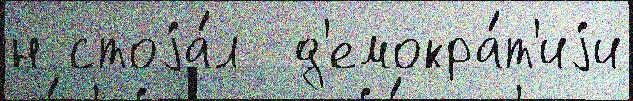
н стоjа́л  д'емокра́т'иjи